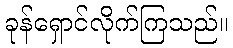
ခုန်ရှောင်လိုက်ကြသည်။